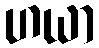
ဟယာ